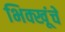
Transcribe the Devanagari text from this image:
भिक्खूंचे